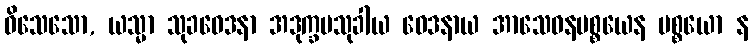
ဝိသေသော, ယသ္မာ သုခဝေဒနာ အဒုက္ခမသုခါယ ဝေဒနာယ အာသေဝနပစ္စယေန ပစ္စယော န